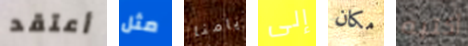
أعتقد مثل أيامنا إلى مكان أكتبه